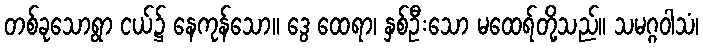
တစ်ခုသောရွာ ငယ်၌ နေကုန်သော။ ဒွေ ထေရာ၊ နှစ်ဦးသော မထေရ်တို့သည်။ သမဂ္ဂဝါသံ၊